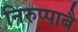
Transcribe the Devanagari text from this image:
निरुप्पाबै